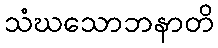
သံဃသောဘနာတိ